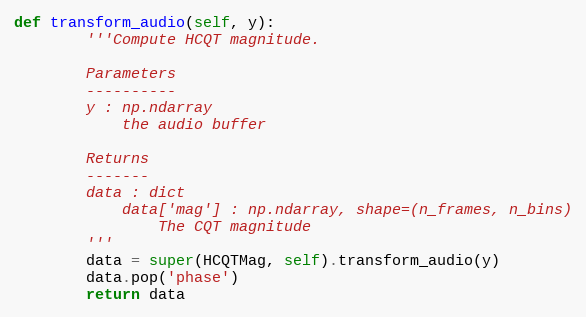
Language: Python
def transform_audio(self, y):
        '''Compute HCQT magnitude.

        Parameters
        ----------
        y : np.ndarray
            the audio buffer

        Returns
        -------
        data : dict
            data['mag'] : np.ndarray, shape=(n_frames, n_bins)
                The CQT magnitude
        '''
        data = super(HCQTMag, self).transform_audio(y)
        data.pop('phase')
        return data